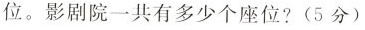
位。影剧院一共有多少个座位?(5分)